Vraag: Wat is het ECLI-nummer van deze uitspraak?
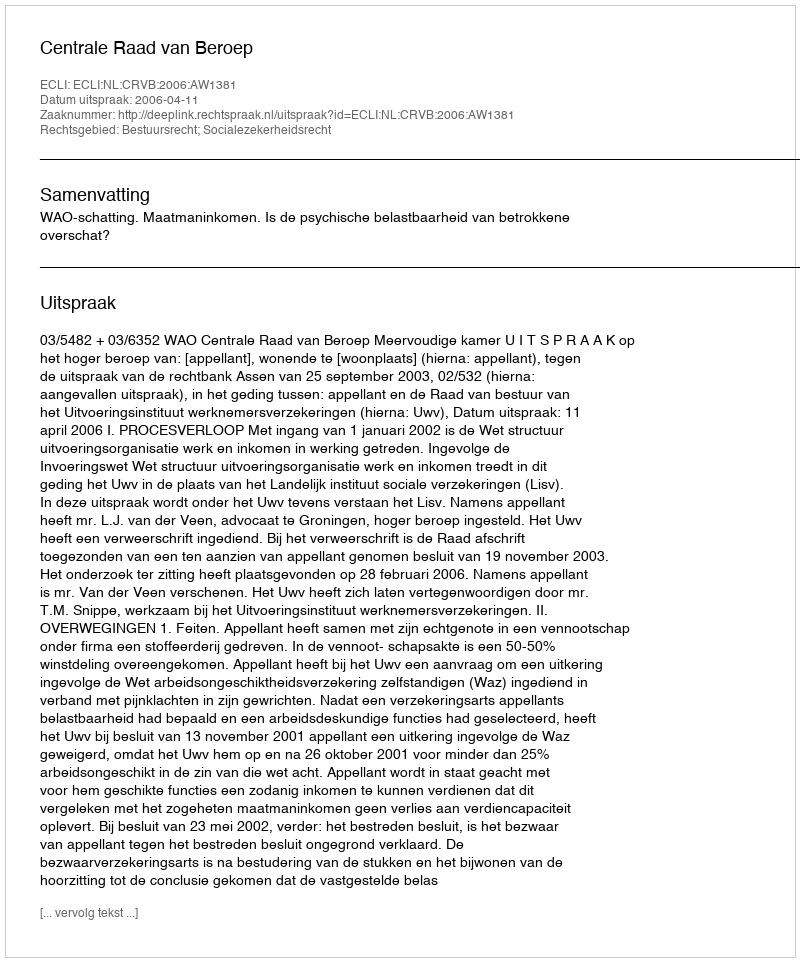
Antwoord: ECLI:NL:CRVB:2006:AW1381